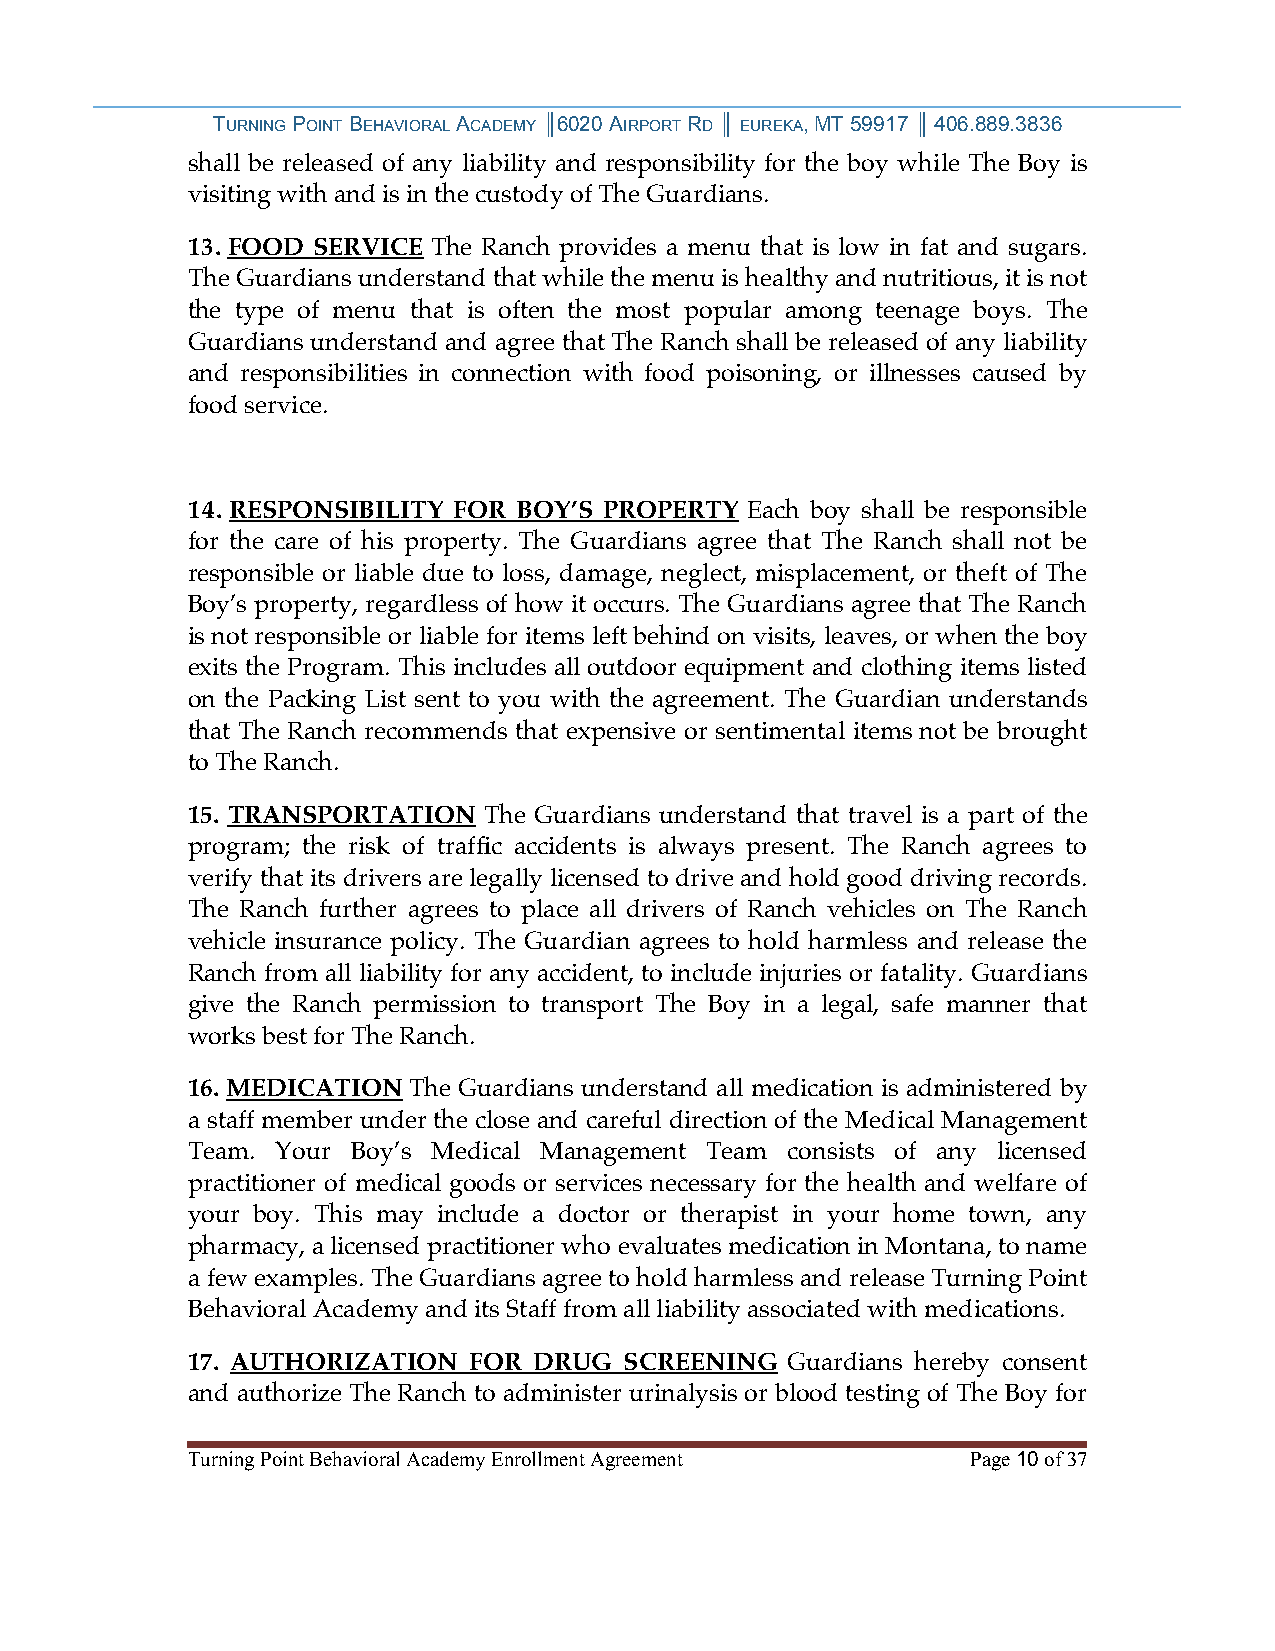
TURNING POINT BEHAVIORAL ACADEMY ║6020 AIRPORT RD ║ EUREKA, MT 59917 ║ 406.889.3836
 shall be released of any liability and responsibility for the boy while The Boy is
 visiting with and is in the custody of The Guardians.
 13.FOOD  SERVICE The Ranch provides a menu that is low in fat and sugars.
 The Guardians understand that while the menu is healthy and nutritious, it is not
 the type of menu that is often the most popular among teenage boys. The
 Guardians understand and agree that The Ranch shall be released of any liability
 and responsibilities in connection with food poisoning, or illnesses caused by
 food service.
 14. RESPONSIBILITY FOR BOY’S PROPERTY Each boy shall be responsible
 for the care of his property. The Guardians agree that The Ranch shall not be
 responsible or liable due to loss, damage, neglect, misplacement, or theft of The
 Boy’s property, regardless of how it occurs. The Guardians agree that The Ranch
 is not responsible or liable for items left behind on visits, leaves, or when the boy
 exits the Program. This includes all outdoor equipment and clothing items listed
 on the Packing List sent to you with the agreement. The Guardian understands
 that The Ranch recommends that expensive or sentimental items not be brought
 to The Ranch.
 15. TRANSPORTATION  The Guardians understand that travel is a part of the
 program; the risk of traffic accidents is always present. The Ranch agrees to
 verify that its drivers are legally licensed to drive and hold good driving records.
 The Ranch further agrees to place all drivers of Ranch vehicles on The Ranch
 vehicle insurance policy. The Guardian agrees to hold harmless and release the
 Ranch from all liability for any accident, to include injuries or fatality. Guardians
 give the Ranch permission to transport The Boy in a legal, safe manner that
 works best for The Ranch.
 16. MEDICATION The Guardians understand all medication is administered by
 a staff member under the close and careful direction of the Medical Management
 Team. Your Boy’s Medical Management Team consists of any licensed
 practitioner of medical goods or services necessary for the health and welfare of
 your boy. This may include a doctor or therapist in your home town, any
 pharmacy, a licensed practitioner who evaluates medication in Montana, to name
 a few examples. The Guardians agree to hold harmless and release Turning Point
 Behavioral Academy and its Staff from all liability associated with medications.
 17. AUTHORIZATION  FOR DRUG  SCREENING  Guardians hereby consent
 and authorize The Ranch to administer urinalysis or blood testing of The Boy for
 Turning Point Behavioral Academy Enrollment Agreement Page 10 of 37